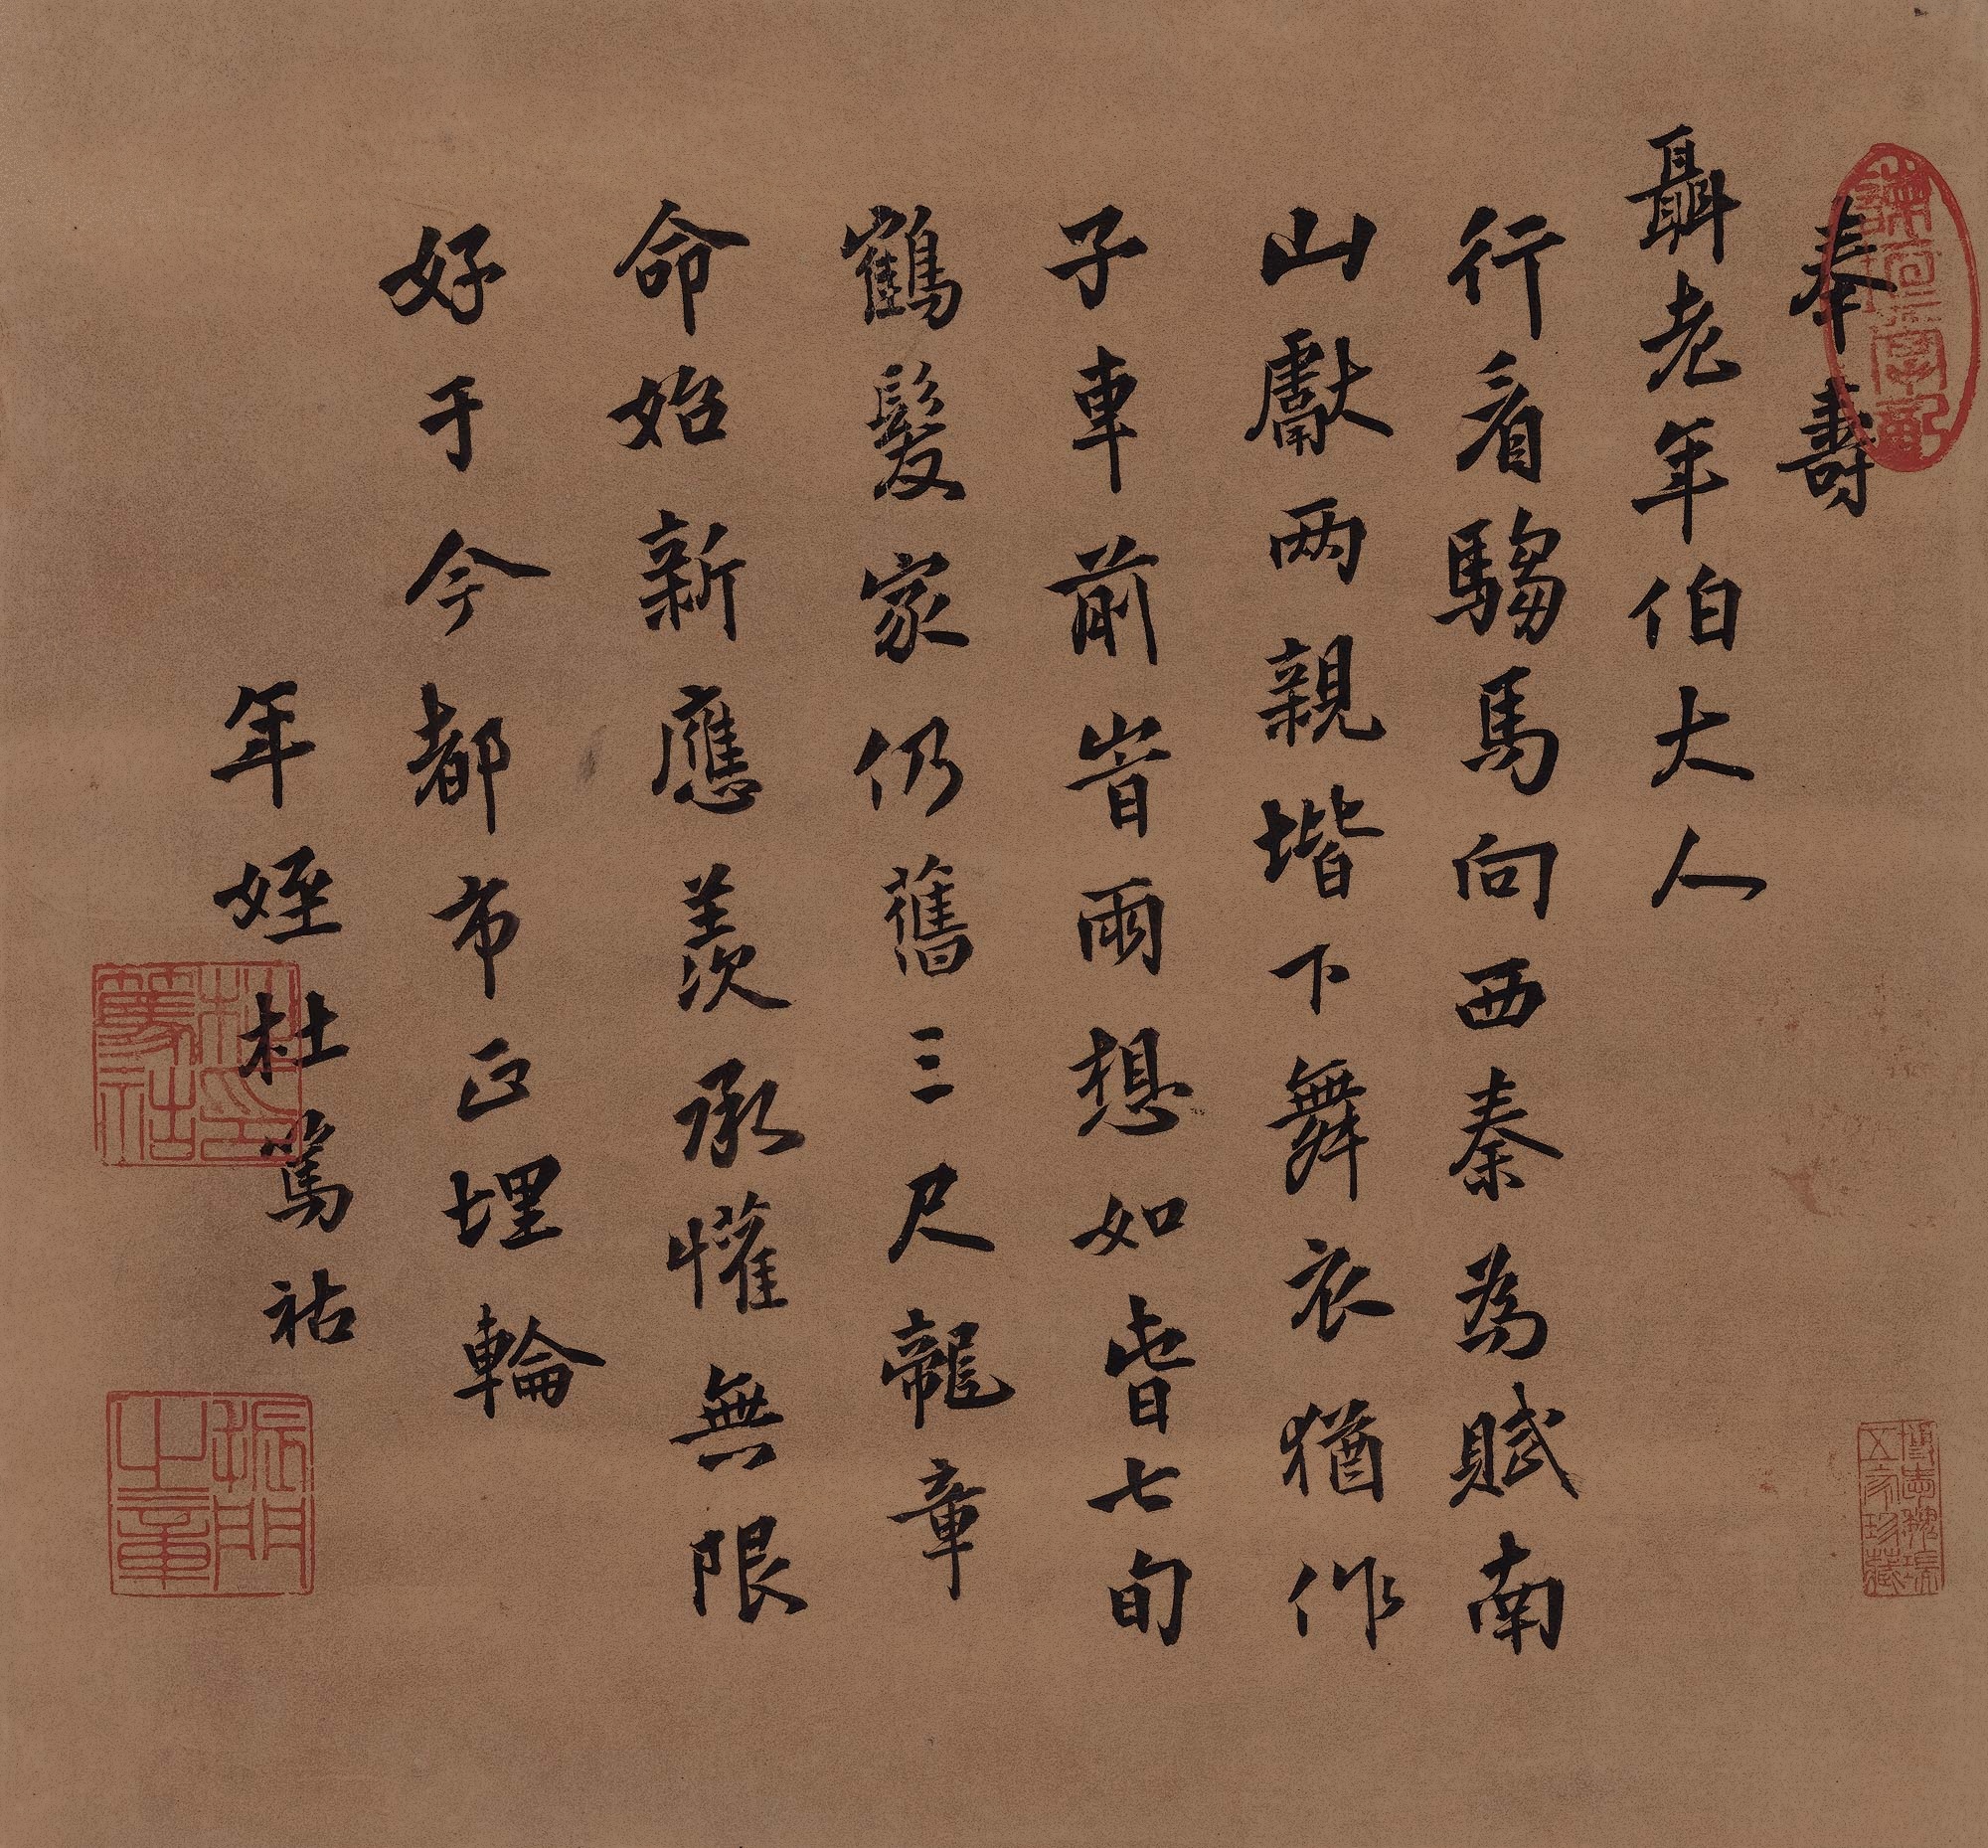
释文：行看驺马向西秦，为赋南山献两亲。阶下舞衣犹作子，车前时雨想如春。七旬鹤发家仍旧，三尺龙章命始新。应羡承欢无限好，于今都市正埋轮。奉寿聂老年伯大人。年侄杜笃祜。